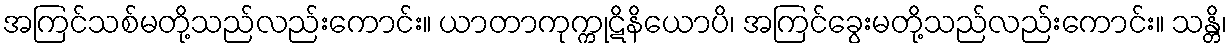
အကြင်သစ်မတို့သည်လည်းကောင်း။ ယာတာကုက္ကုဋိနိယောပိ၊ အကြင်ခွေးမတို့သည်လည်းကောင်း။ သန္တိ၊